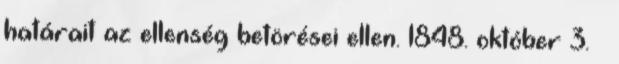
határait az ellenség betörései ellen. 1848. október 3. –